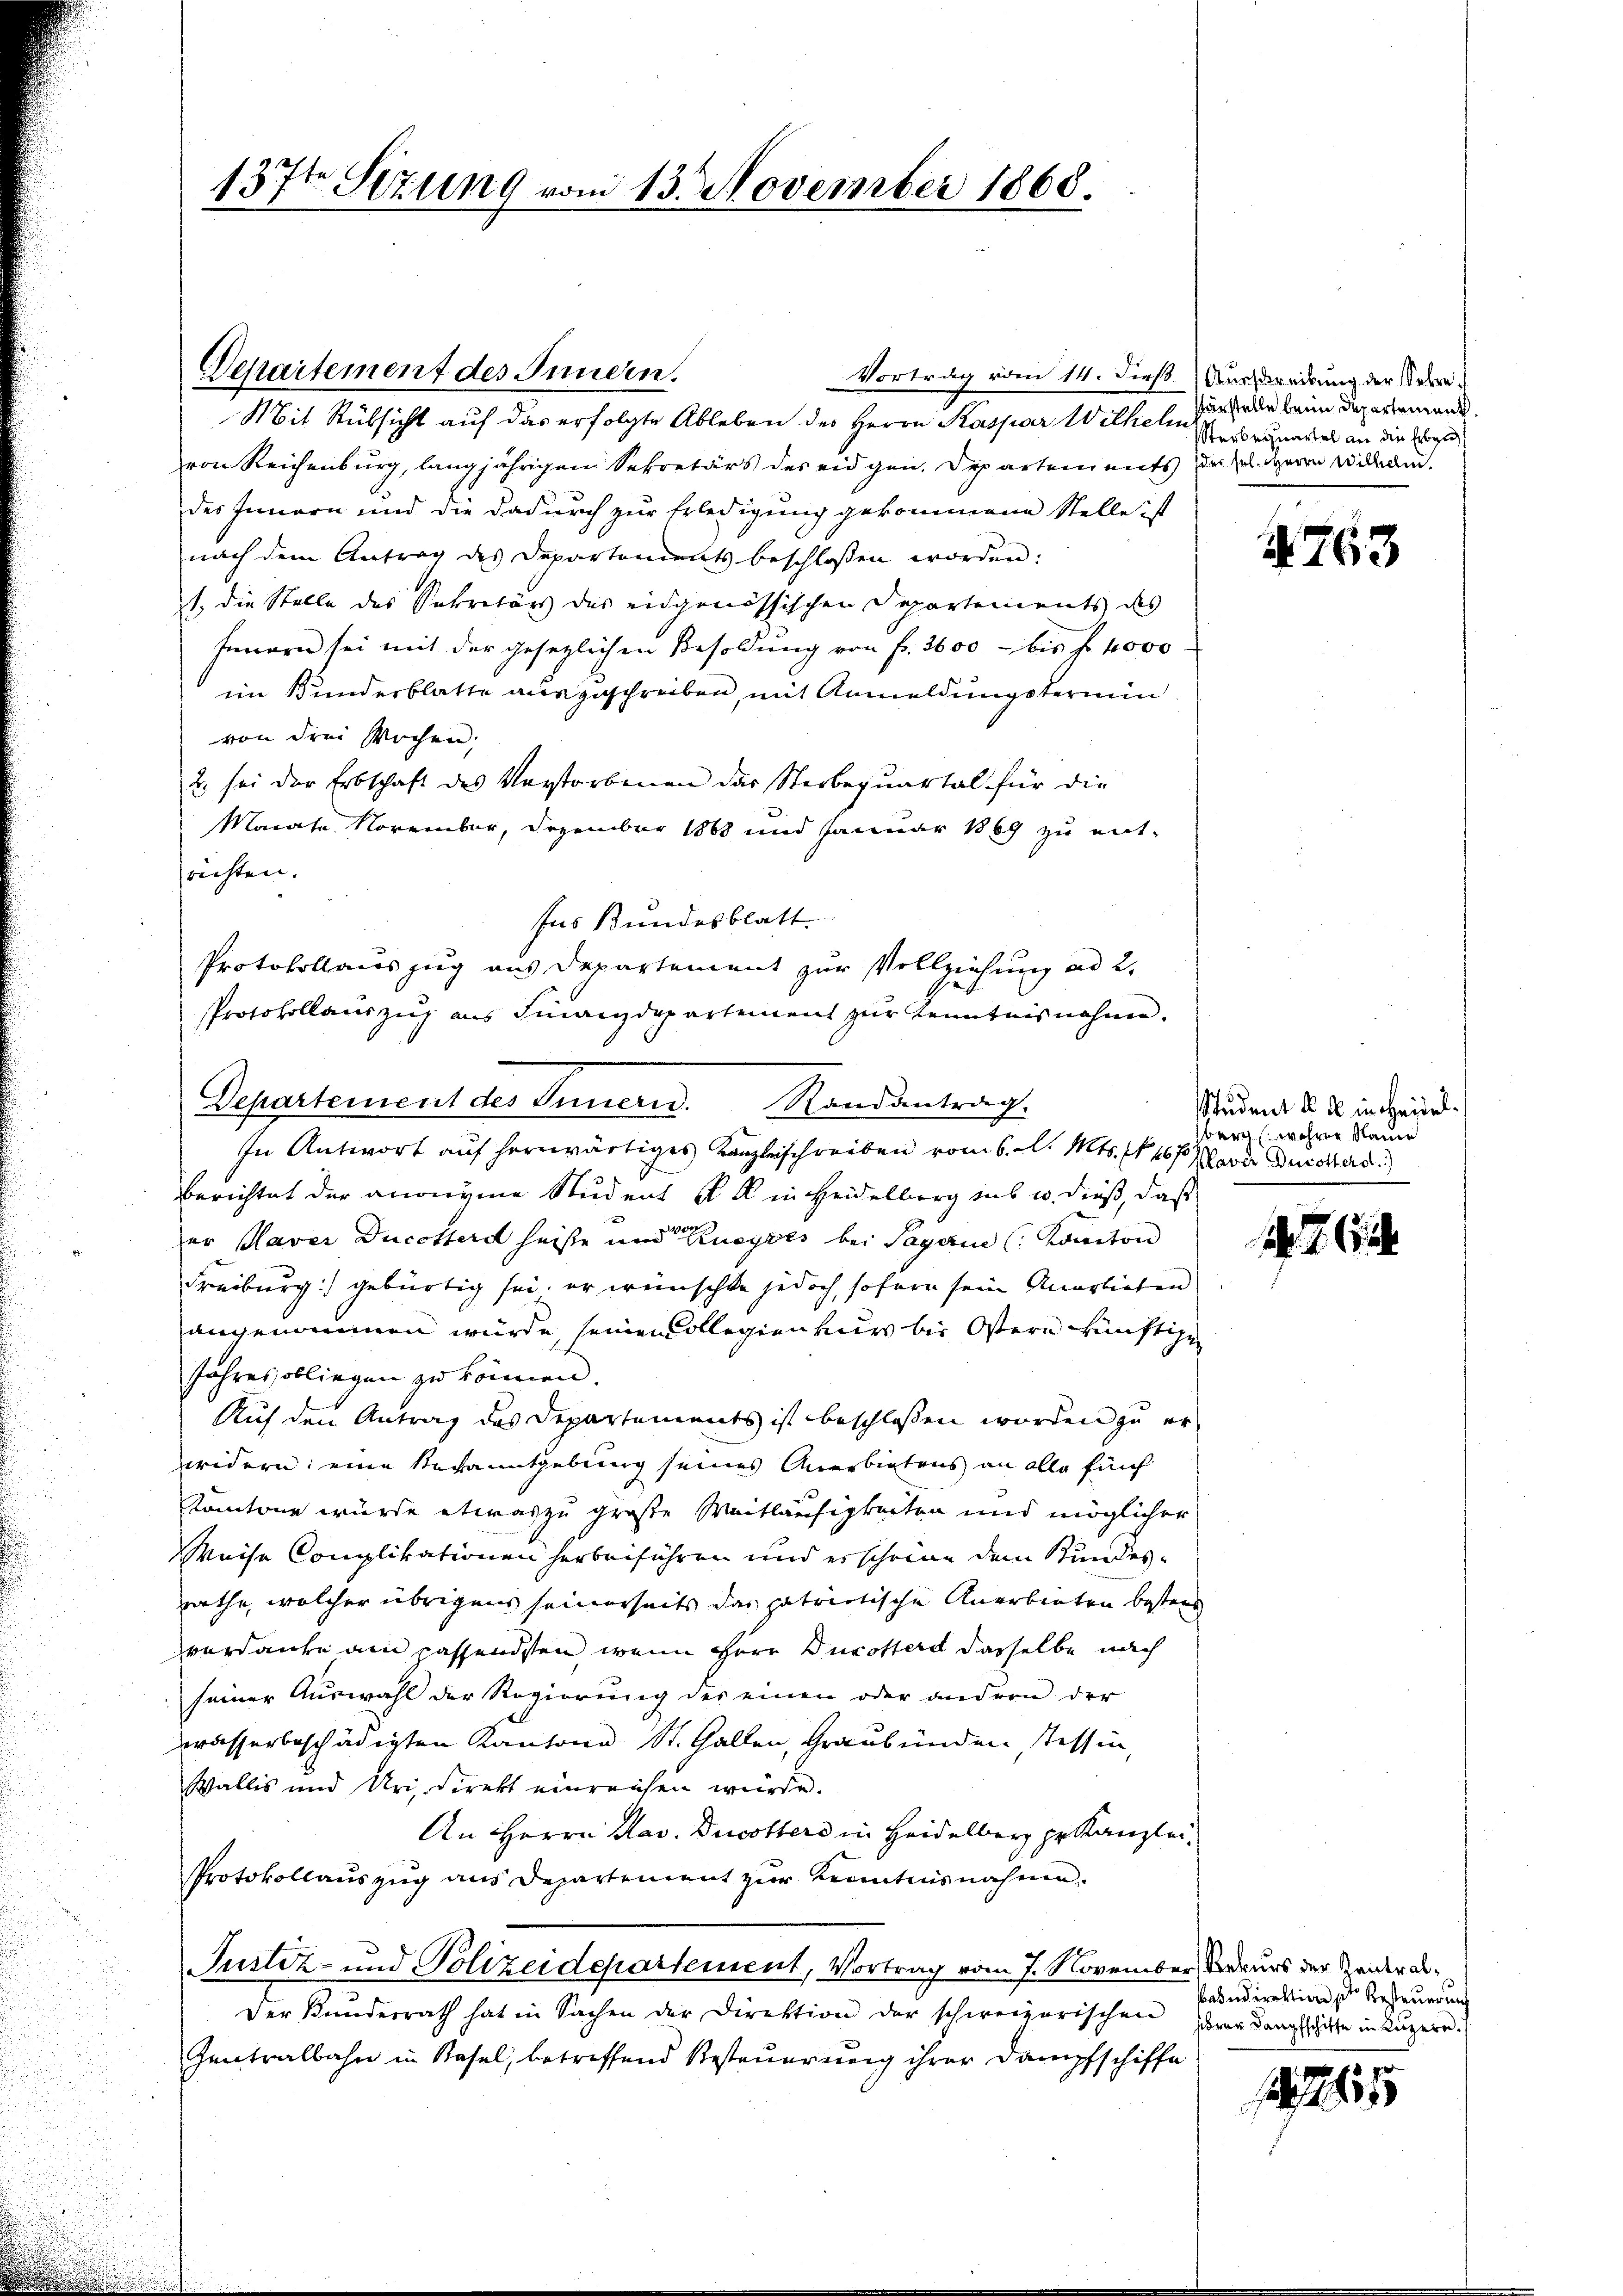
137t Sizung vom 13. November 1868.

Departement des Innden.
Vortrag vom 14. dieß. Ausstreibung der Sehre¬
Mit Rüksicht auf das erfolgte Ableben des Herrn Kaspar Wilhelm der der beim Departemend.
von Reichenburg, langjährigem Sekretärs des eidgen. Departements der sel. Herrn Willen.
des Innern und die dadurch zur Erledigung gekommene Stelle ist
nach dem Antrag des Departements beschlossen worden:
1. die Stelle des Sekretärs des eidgenössischen Departements des
feuern sei mit der gesezlichen Besoldung von fr. 2600 - bis f 4000
im Kundesblatte auszuschreiben, mit Anmeldungstermin
von drei Wochen.
2. sei der Erbschaft des Vorstorbenen das Sterbequartal für die
Monate. November, Dezember 1868 und Januar 1869 zu ent-
richten.
fas Bundesblatt.
Protokollauszug aus Departement zur Vollziehung ad 2.
Protokollauszug aus Finanzdepartement zur Kenntnisnahme.
In Antwort auf herwärtiges Kanzleischreiben vom 6. d. Mts. 1467 Parer Dotters
berichtet der anonyme Student a M. in Heidelberg ins u. dieß, daß
er Plaver Ducotterd heiße und Rueyres bei Sagarine Kanton
Freiburg) gebürtig sei, er wünschte jedoch, sofern sein Anerbieten
angenommen würde, seinen Collegien nur bis Ostern künftige
Jahres obliegen zu können.
Auf den Antrag des Departements ist beschlossen worden zu erwidern: eine Rechanitgebung seines Anerbietens an alle fünf
Kantone würde etwas zu große Weitläufigkeiten und möglicher
Weise Complikationen herbeiführen und erscheine dem Stundesrathe, welcher übrigens seinerseits das patriotische Anerbieten besters
verdanke am passendsten, wenn Herr Ducotter dasselbe nach
seiner Auswahl der Regierung des einen oder andern der
wasserbeschädigten Kantone St. Gallen, Graubünden Tessin,
Wallis und Uri direkt einreisen würde.
An Herrn Mar. Dricotters in Heidelberg pr. Kanzlei¬
Protokollauszug aus Departement zur Kenntnisnahme.
Justiz- und Polizeidepartement, Vortrag vom 7. November, Rekurs der Zeideral¬
Der Kunderrath hat in Sachen der Direktion der schweizerischen derer Langschafte in Luzern.
Zentralbahn in Basel, betreffend Besteuerung ihrer Dampfschiffe

Departement des Innern. Randantrag.

Sterbequartel an die Erben

763

Student a u. in Heidelbarn wehrer Nauer

kandirektion der Besteuerung

1